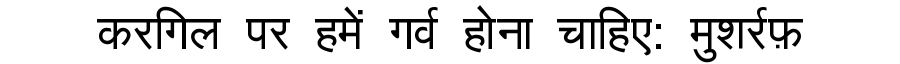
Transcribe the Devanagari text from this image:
करगिल पर हमें गर्व होना चाहिए: मुशर्रफ़